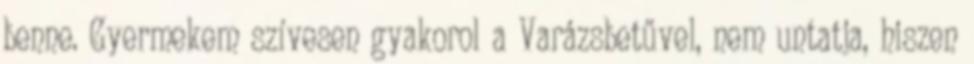
benne. Gyermekem szívesen gyakorol a Varázsbetűvel, nem untatja, hiszen